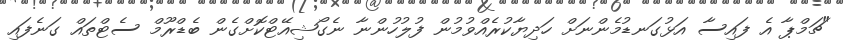
"ޗަމްޕާ އެ ފައިސާ އަޅުގަނޑުމެންނަށް ހަދިޔާކުރެއްވުމުން ފުލުހުންނާ ނެގޯޝިއޭޓްކޮށްގެން ބެޑްރޫމް ސެޓްތައް ގަނެފައި